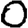
Digit: 0